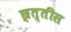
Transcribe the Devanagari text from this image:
छ्त्तीस